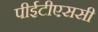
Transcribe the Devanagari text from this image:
पीईटीएससी